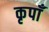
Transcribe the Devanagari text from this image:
कृपाँ